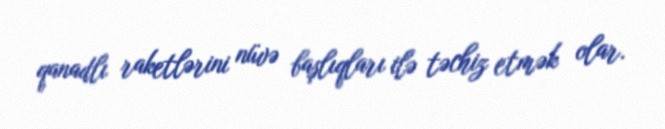
qanadlı raketlərini nüvə başlıqları ilə təchiz etmək olar.